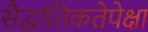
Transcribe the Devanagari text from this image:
सैद्धांतिकतेपेक्षा